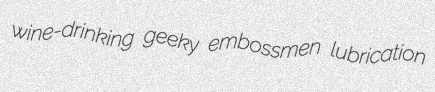
wine-drinking geeky embossmen lubrication